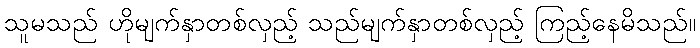
သူမသည် ဟိုမျက်နှာတစ်လှည့် သည်မျက်နှာတစ်လှည့် ကြည့်နေမိသည်။